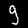
Label: 9